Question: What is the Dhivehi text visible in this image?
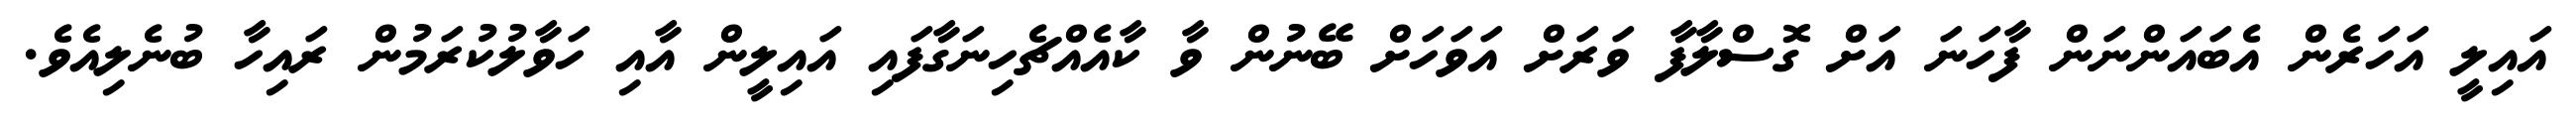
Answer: އައިލީ އަހަރެން އެބައަންނަން ފާހަނަ އަށް ގޮސްލާފާ ވަރަށް އަވަހަށް ބޭނުން ވާ ކާއެއްޗެހިނަގާފައި އައިލީން އާއި ހަވާލުކުރަމުން ރައިހާ ބުނެލިއެވެ.